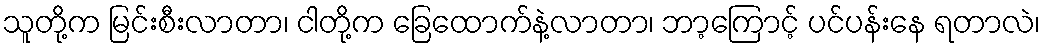
သူတို့က မြင်းစီးလာတာ၊ ငါတို့က ခြေထောက်နဲ့လာတာ၊ ဘာ့ကြောင့် ပင်ပန်းနေ ရတာလဲ၊